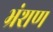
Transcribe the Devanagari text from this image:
भ्रंशण